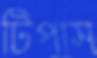
টিপাস